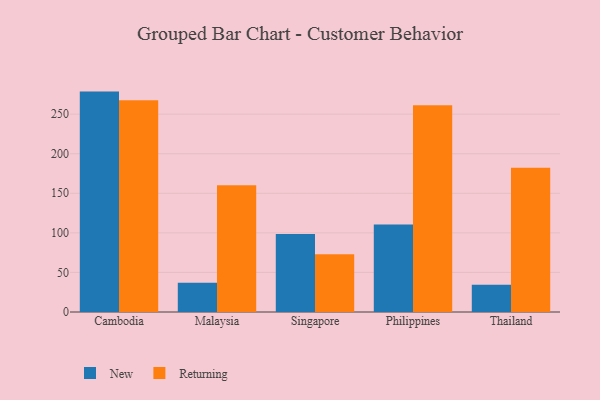
{"axis": {"x": "Country", "y": "LTV (USD)"}, "legend": ["New", "Returning"], "data": [{"x": "Cambodia", "y": 278.5, "type": "New"}, {"x": "Cambodia", "y": 267.7, "type": "Returning"}, {"x": "Malaysia", "y": 37.1, "type": "New"}, {"x": "Malaysia", "y": 160.1, "type": "Returning"}, {"x": "Singapore", "y": 98.7, "type": "New"}, {"x": "Singapore", "y": 73.0, "type": "Returning"}, {"x": "Philippines", "y": 110.5, "type": "New"}, {"x": "Philippines", "y": 261.3, "type": "Returning"}, {"x": "Thailand", "y": 34.3, "type": "New"}, {"x": "Thailand", "y": 182.3, "type": "Returning"}]}